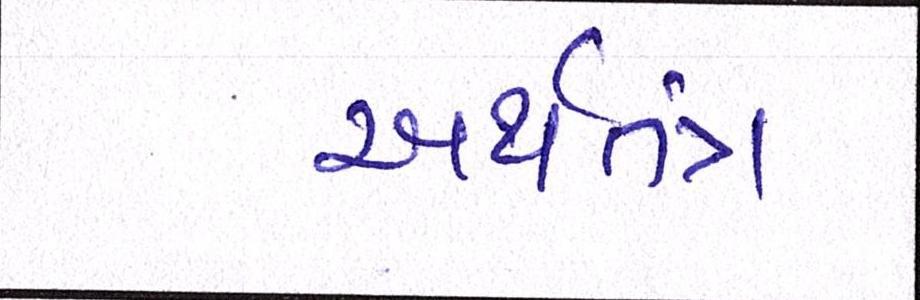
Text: અર્થતંત્ર